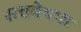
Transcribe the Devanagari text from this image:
सचदेवचा